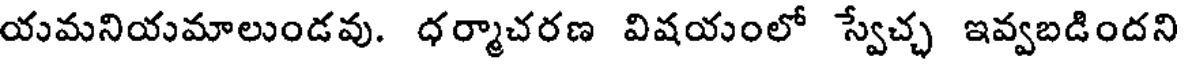
యమనియమాలుండవు. ధర్మాచరణ విషయంలో స్వేచ్చ ఇవ్వబడిందని